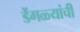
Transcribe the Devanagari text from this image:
डेंगळ्यांची